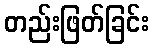
တည်းဖြတ်ခြင်း